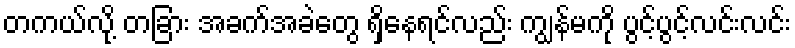
တကယ်လို့ တခြား အခက်အခဲတွေ ရှိနေရင်လည်း ကျွန်မကို ပွင့်ပွင့်လင်းလင်း